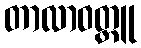
တာလာဝတ္ထူ